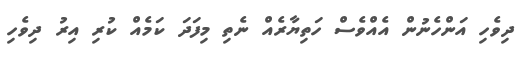
ދިވެހި އަންހެނުން އެއްވެސް ހަތިޔާރެއް ނެތި މިފަދަ ކަމެއް ކުރި އިރު ދިވެހި